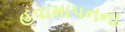
હવામાપનના